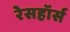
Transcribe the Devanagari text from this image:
रेसहॉर्स